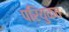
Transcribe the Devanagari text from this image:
परियुक्त